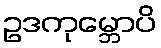
ဥဒကုမ္ဘောပိ